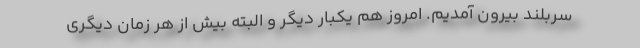
سربلند بیرون آمدیم. امروز هم یکبار دیگر و البته بیش از هر زمان دیگری